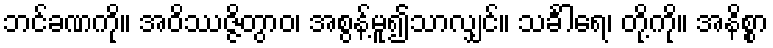
ဘင်ခဏကို။ အဝိဿဇ္ဇိတွာဝ၊ အစွန့်မူ၍သာလျှင်။ သင်္ခါရေ၊ တို့ကို။ အနိစ္စာ